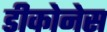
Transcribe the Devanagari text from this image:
डीकोनेस